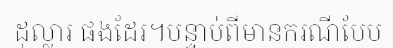
ដុល្លារ ផងដែរ។បន្ទាប់ពីមានករណីបែប